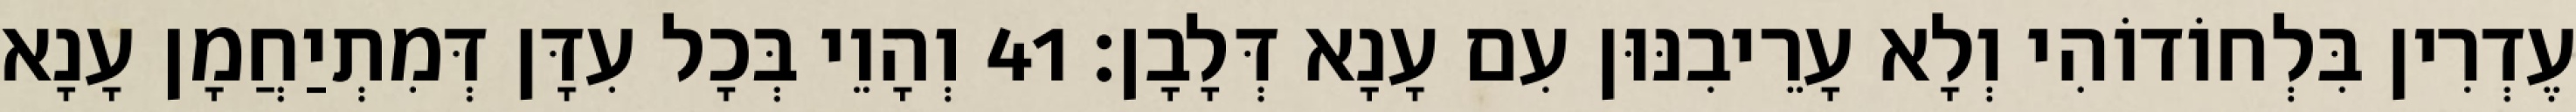
עֶדְרִין בִּלְחוֹדוֹהִי וְלָא עָרֵיבִנּוּן עִם עָנָא דְּלָבָן׃ 41 וְהָוֵי בְּכָל עִדָּן דְּמִתְיַחֲמָן עָנָא